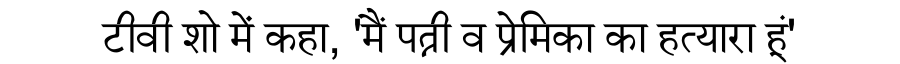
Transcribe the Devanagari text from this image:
टीवी शो में कहा, 'मैं पत्नी व प्रेमिका का हत्यारा हूं'